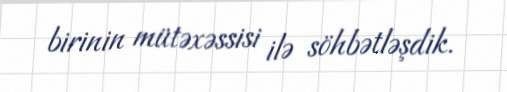
birinin mütəxəssisi ilə söhbətləşdik.